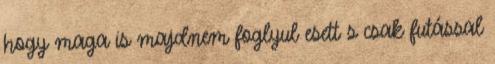
hogy maga is majdnem foglyul esett s csak futással